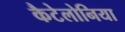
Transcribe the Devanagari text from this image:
कैटेलोनिया